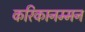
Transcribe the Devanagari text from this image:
करिकानम्मन